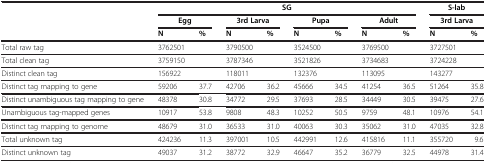
|  | <COLSPAN=8> SG | <COLSPAN=2> S-lab |
 |  | <COLSPAN=2> Egg | <COLSPAN=2> 3rd Larva | <COLSPAN=2> Pupa | <COLSPAN=2> Adult | <COLSPAN=2> 3rd Larva |
 |  | N | % | N | % | N | % | N | % | N | % |
 | --- | --- | --- | --- | --- | --- | --- | --- | --- | --- | --- |
 | Total raw tag | 3762501 |  | 3790500 |  | 3524500 |  | 3769500 |  | 3727501 |  |
 | Total clean tag | 3759150 |  | 3787346 |  | 3521826 |  | 3734683 |  | 3724228 |  |
 | Distinct clean tag | 156922 |  | 118011 |  | 132376 |  | 113095 |  | 143277 |  |
 | Distinct tag mapping to gene | 59206 | 37.7 | 42706 | 36.2 | 45666 | 34.5 | 41254 | 36.5 | 51264 | 35.8 |
 | Distinct unambiguous tag mapping to gene | 48378 | 30.8 | 34772 | 29.5 | 37693 | 28.5 | 34449 | 30.5 | 39475 | 27.6 |
 | Unambiguous tag-mapped genes | 10917 | 53.8 | 9808 | 48.3 | 10252 | 50.5 | 9759 | 48.1 | 10976 | 54.1 |
 | Distinct tag mapping to genome | 48679 | 31.0 | 36533 | 31.0 | 40063 | 30.3 | 35062 | 31.0 | 47035 | 32.8 |
 | Total unknown tag | 424236 | 11.3 | 397001 | 10.5 | 442991 | 12.6 | 415816 | 11.1 | 355720 | 9.6 |
 | Distinct unknown tag | 49037 | 31.2 | 38772 | 32.9 | 46647 | 35.2 | 36779 | 32.5 | 44978 | 31.4 |